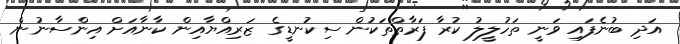
އަދި ބުނެފައި ވަނީ ތަހުލީލު ކުރާ ފަރާތްތަކުން ސިކުނޑީގެ ޒަރިއްޔާއިން ކާނާއަށް އިންސާނުން